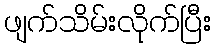
ဖျက်သိမ်းလိုက်ပြီး